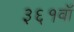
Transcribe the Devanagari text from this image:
३६१वॉ